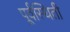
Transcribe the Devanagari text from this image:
पूर्वस्थिती